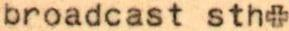
broadcast sth+